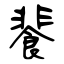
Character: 餥